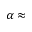
\alpha \approx